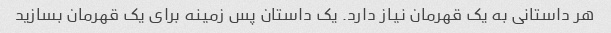
هر داستانی به یک قهرمان نیاز دارد. یک داستان پس زمینه برای یک قهرمان بسازید